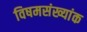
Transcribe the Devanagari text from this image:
विषमसंख्यांक